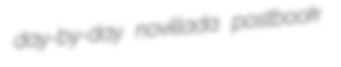
day-by-day novillada postbook